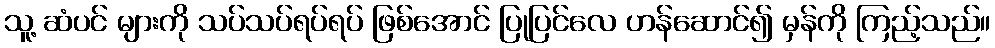
သူ့ ဆံပင် များကို သပ်သပ်ရပ်ရပ် ဖြစ်အောင် ပြုပြင်လေ ဟန်ဆောင်၍ မှန်ကို ကြည့်သည်။